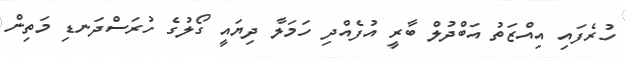
ހުރެފައި އިއްޒަތު އަބްދުލް ބާރީ އުފެއްދި ހަމަލާ ދިޔައީ ގޯލުގެ ހުރަސްދަނޑި މަތިން